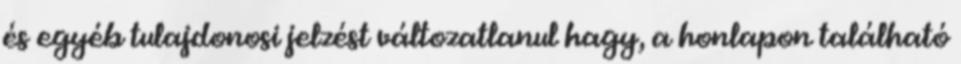
és egyéb tulajdonosi jelzést változatlanul hagy, a honlapon található